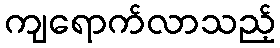
ကျရောက်လာသည့်